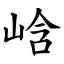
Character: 㟏